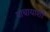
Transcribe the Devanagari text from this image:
यांचायाशी